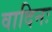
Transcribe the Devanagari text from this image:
वादिनः